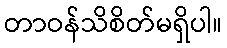
တာဝန်သိစိတ်မရှိပါ။